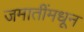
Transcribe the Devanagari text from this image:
जमातींमधून